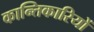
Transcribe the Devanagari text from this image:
कान्तिकारियों